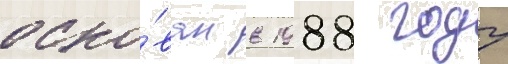
осно́ван в 1988 году